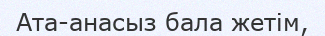
Ата-анасыз бала жетім,